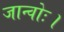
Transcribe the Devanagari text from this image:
जान्वोः।